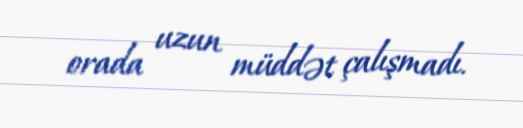
orada uzun müddət çalışmadı.